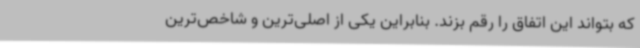
که بتواند این اتفاق را رقم بزند. بنابراین یکی از اصلی‌ترین و شاخص‌ترین